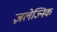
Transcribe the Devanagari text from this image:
ज़लेज्निक